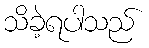
သိခဲ့ရပါသည်